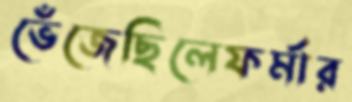
ভেঁজেছিলেফর্মার